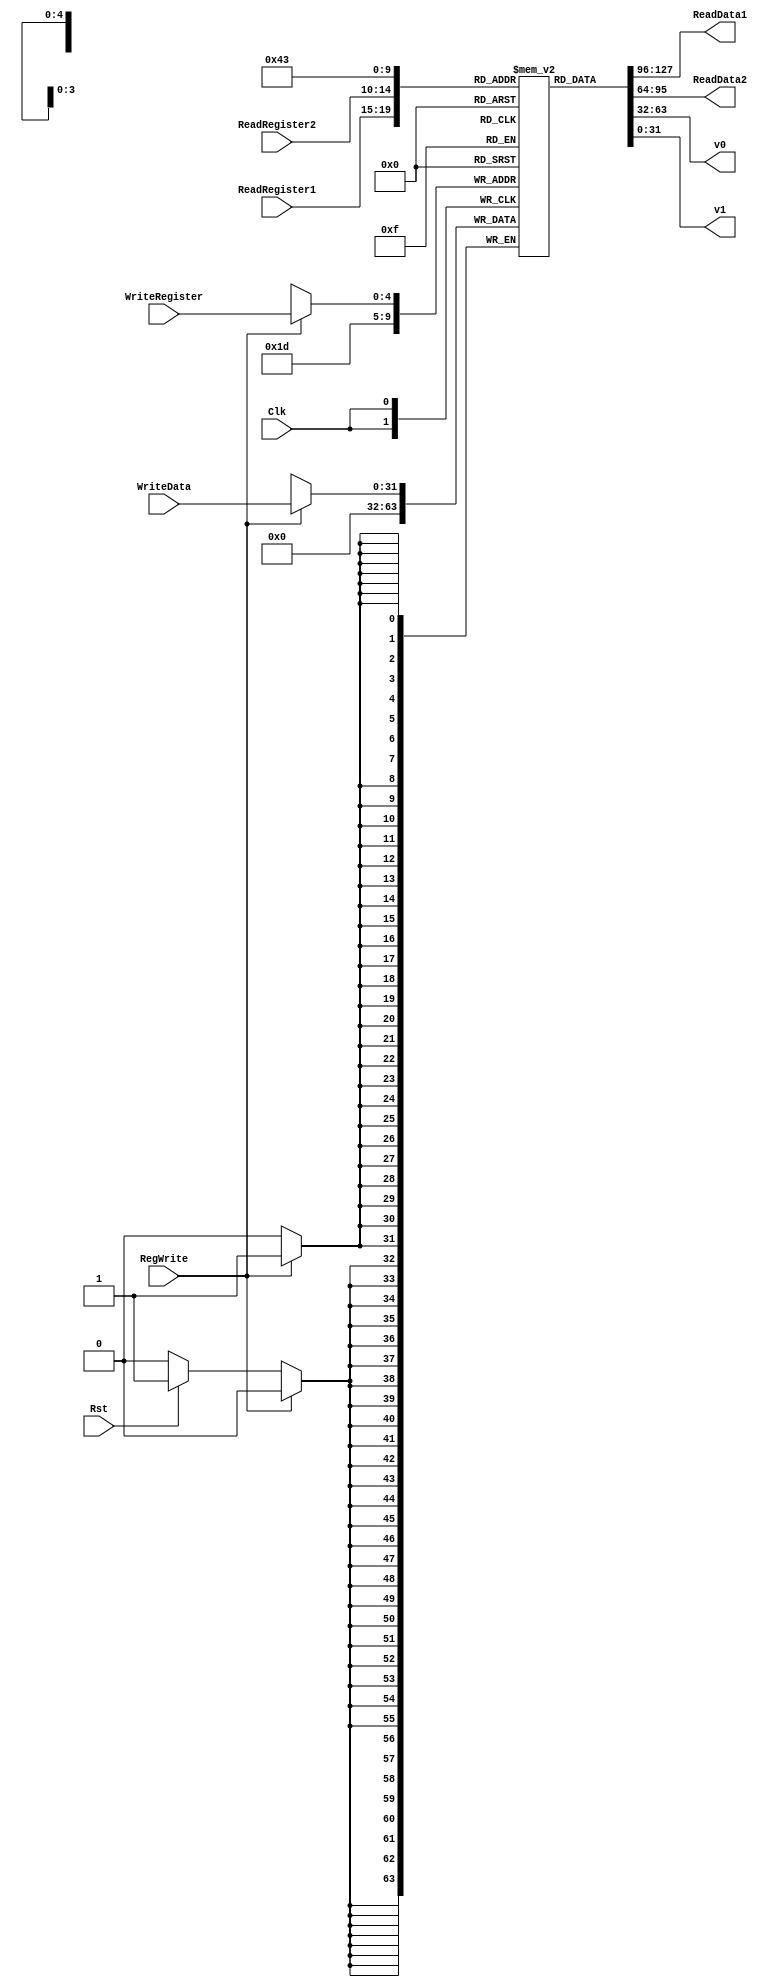
`timescale 1ns / 1ps
//////////////////////////////////////////////////////////////////////////////////
// Company: 
// Engineer: 
// 
// Design Name: 
// Module Name: RegisterFile
// Project Name: 
// Target Devices: 
// Tool Versions: 
// Description: 
// 
// Dependencies: 
// 
// Revision:
// Revision 0.01 - File Created
// Additional Comments:
// 
//////////////////////////////////////////////////////////////////////////////////


module RegisterFile(ReadRegister1, ReadRegister2, WriteRegister, WriteData, RegWrite, Clk, Rst, ReadData1, ReadData2, v0, v1);

	input RegWrite, Clk, Rst;
	
	input [4:0] ReadRegister1, ReadRegister2, WriteRegister;
	
	input [31:0] WriteData;
	
	reg [31:0] GPR [0:31];
	
	output reg [31:0] ReadData1, ReadData2, v0, v1;
	
	initial begin
//	   $readmemh("register_memory.mem",GPR);
        GPR[29] <= 0;
	end
	
//	always @(posedge Rst)
//	begin
//	   GPR[5'b11101] <= 32'b00000000000000000001111111111100;
//	end
	
//	always @(posedge Clk)
//	begin
//	   v0 <= GPR[5'b00010];
//	   v1 <= GPR[5'b00011]; 
//	end
	
	always @(*)
	begin
	   ReadData1 <= GPR[ReadRegister1];
	   ReadData2 <= GPR[ReadRegister2];
	   v0 <= GPR[5'b00010];
	   v1 <= GPR[5'b00011]; 
	end
	
	always @(negedge Clk)
	begin
        if (RegWrite)
        begin
           GPR[WriteRegister] <= WriteData;
        end
        else if (Rst == 1)
        begin
            GPR[29] <= 0;
        end 
	end
	
endmodule